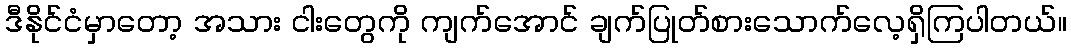
ဒီနိုင်ငံမှာတော့ အသား ငါးတွေကို ကျက်အောင် ချက်ပြုတ်စားသောက်လေ့ရှိကြပါတယ်။